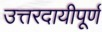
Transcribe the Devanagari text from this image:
उत्तरदायीपूर्ण